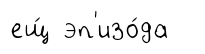
ещ́ эп'изо́да